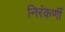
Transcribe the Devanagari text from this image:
निरंकर्णी